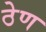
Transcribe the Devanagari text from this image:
ठेण